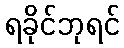
ရခိုင်ဘုရင်